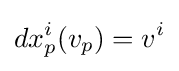
dx_{p}^{i}(v_{p})=v^{i}